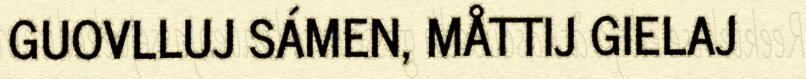
GUOVLLUJ SÁMEN, MÅTTIJ GIELAJ